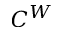
C ^ { W }